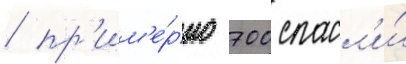
/ пр'им'е́рно 700 спасл'и́